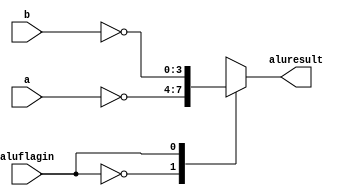
`timescale 1ns / 1ps
//////////////////////////////////////////////////////////////////////////////////
// Company: 
// Engineer: 
// 
// Design Name: 
// Module Name: N
// Project Name: 
// Target Devices: 
// Tool Versions: 
// Description: 
// 
// Dependencies: 
// 
// Revision:
// Revision 0.01 - File Created
// Additional Comments:
// 
//////////////////////////////////////////////////////////////////////////////////


module N #(parameter ancho=4)(
    input [ancho-1:0]a, b, 
    input aluflagin,
    output reg [ancho-1:0]aluresult
    );
    
    always @(*) begin
        case(aluflagin)
            1'b0: aluresult=~a;
            1'b1: aluresult=~b;
        endcase
    end
endmodule